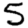
Digit: 5